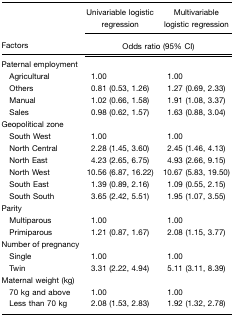
<table><thead><tr><td></td><td><b>Univariable logistic regression</b></td><td><b>Multivariable logistic regression</b></td></tr><tr><td><b>Factors</b></td><td colspan="2"><b>Odds ratio (95% CI)</b></td></tr></thead><tbody><tr><td>Paternal employment</td><td></td><td></td></tr><tr><td> Agricultural</td><td>1.00</td><td>1.00</td></tr><tr><td> Others</td><td>0.81 (0.53, 1.26)</td><td>1.27 (0.69, 2.33)</td></tr><tr><td> Manual</td><td>1.02 (0.66, 1.58)</td><td>1.91 (1.08, 3.37)</td></tr><tr><td> Sales</td><td>0.98 (0.62, 1.57)</td><td>1.63 (0.88, 3.04)</td></tr><tr><td>Geopolitical zone</td><td></td><td></td></tr><tr><td> South West</td><td>1.00</td><td>1.00</td></tr><tr><td> North Central</td><td>2.28 (1.45, 3.60)</td><td>2.45 (1.46, 4.13)</td></tr><tr><td> North East</td><td>4.23 (2.65, 6.75)</td><td>4.93 (2.66, 9.15)</td></tr><tr><td> North West</td><td>10.56 (6.87, 16.22)</td><td>10.67 (5.83, 19.50)</td></tr><tr><td> South East</td><td>1.39 (0.89, 2.16)</td><td>1.09 (0.55, 2.15)</td></tr><tr><td> South South</td><td>3.65 (2.42, 5.51)</td><td>1.95 (1.07, 3.55)</td></tr><tr><td>Parity</td><td></td><td></td></tr><tr><td> Multiparous</td><td>1.00</td><td>1.00</td></tr><tr><td> Primiparous</td><td>1.21 (0.87, 1.67)</td><td>2.08 (1.15, 3.77)</td></tr><tr><td>Number of pregnancy</td><td></td><td></td></tr><tr><td> Single</td><td>1.00</td><td>1.00</td></tr><tr><td> Twin</td><td>3.31 (2.22, 4.94)</td><td>5.11 (3.11, 8.39)</td></tr><tr><td>Maternal weight (kg)</td><td></td><td></td></tr><tr><td> 70 kg and above</td><td>1.00</td><td>1.00</td></tr><tr><td> Less than 70 kg</td><td>2.08 (1.53, 2.83)</td><td>1.92 (1.32, 2.78)</td></tr></tbody></table>